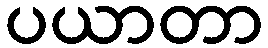
ပယာတာ